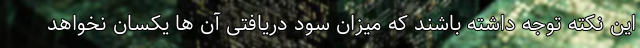
این نکته توجه داشته باشند که میزان سود دریافتی آن ها یکسان نخواهد